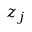
z _ { j }